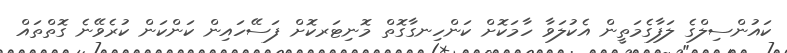
ކައުންސިލްގެ ލަފާގެމަތީން އެކުލަވާ ހާމަކޮށް ކަންހިނގާގޮތް މޮނިޓަރކޮށް ފަސޭހައިން ކަންކަން ކުރެވޭނެ ގޮތްތައް